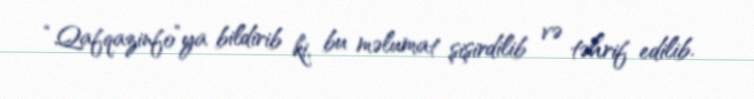
“Qafqazinfo”ya bildirib ki, bu məlumat şişirdilib və təhrif edilib.